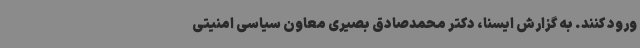
ورود کنند. به گزارش ایسنا، دکتر محمدصادق بصیری معاون سیاسی امنیتی